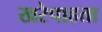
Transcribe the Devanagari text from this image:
खरेपाहता